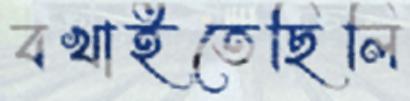
বখাইতেছিলি